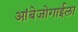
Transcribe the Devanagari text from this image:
आंबेजोगाईला